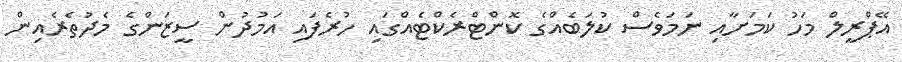
އޭޕްރީލް މަހު ކަމަށާއި ނަމަވެސް ކުލަބެއްގެ ކޮންޓްރެކްޓެއްގައި ހުރެފައި އަމުދުން ސީޒަންގެ މެދުތެރެއިން